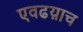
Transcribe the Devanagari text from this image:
एवढय़ाच